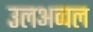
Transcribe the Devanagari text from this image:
उलअव्वल